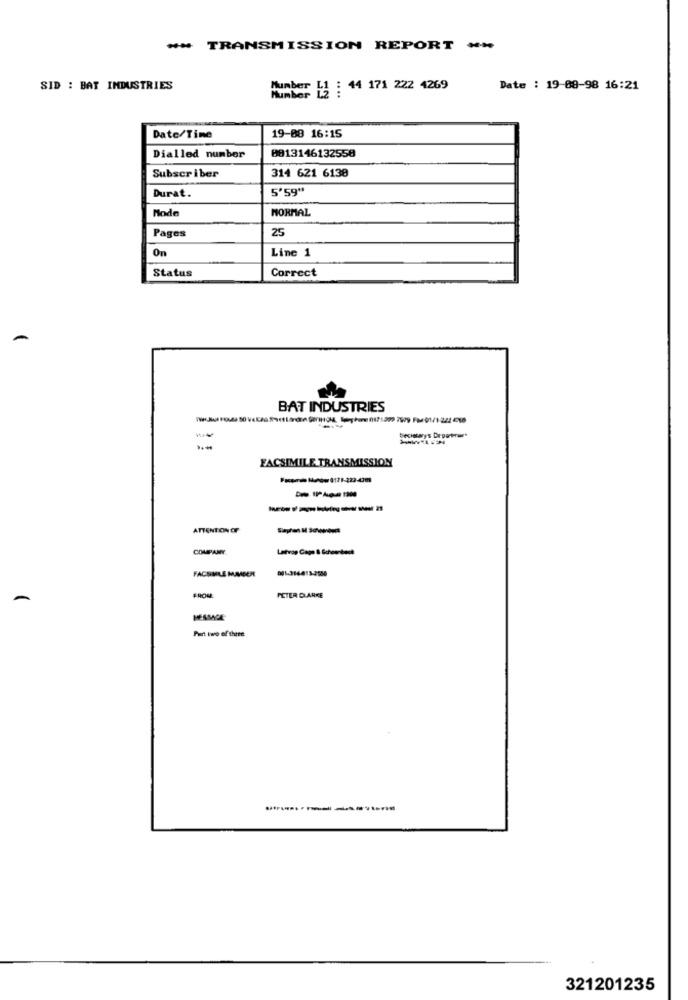
** TRANSMISSION REPORT -%
SID : BAT INDUSTRIES
Number LI : 44 171 222 4269
Date : 19-08-98 16:21
Date/Time
19-08 16:15
8813146132558
Dialled number
Subscriber
314 621 6138
Durat.
5'59"
Mode
NORMAL
Pages
25
On
Line 1
Status
Correct
BAT INDUSTRIES
FACSIMILE TRANSMISSION
- New 4171-223-4399
ATTENTION OF
COMPANY
FACSIMILE MANGER
FROM
PETER D ARKE
MESSAGE
Part two of thete
321201235